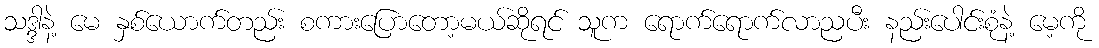
သဒ္ဒါနဲ့ မေ နှစ်ယောက်တည်း စကားပြောတော့မယ်ဆိုရင် သူက ရောက်ရောက်လာညပီး နည်းပေါင်းစုံနဲ့ မေ့ကို